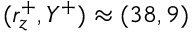
( r _ { z } ^ { + } , Y ^ { + } ) \approx ( 3 8 , 9 )